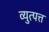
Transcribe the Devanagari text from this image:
व्युत्पत्त